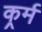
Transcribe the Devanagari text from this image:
कर्र्म